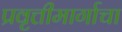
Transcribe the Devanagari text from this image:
प्रवृत्तीमार्गाचा